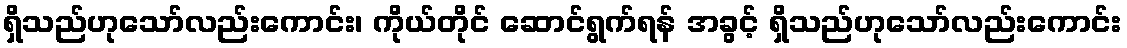
ရှိသည်ဟုသော်လည်းကောင်း၊ ကိုယ်တိုင် ဆောင်ရွက်ရန် အခွင့် ရှိသည်ဟုသော်လည်းကောင်း